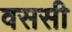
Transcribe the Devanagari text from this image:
वससी